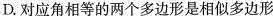
D.对应角相等的两个多边形是相似多边形